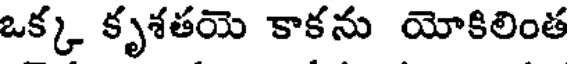
ఒక్క కృశతయె కాకను యోకిలింత